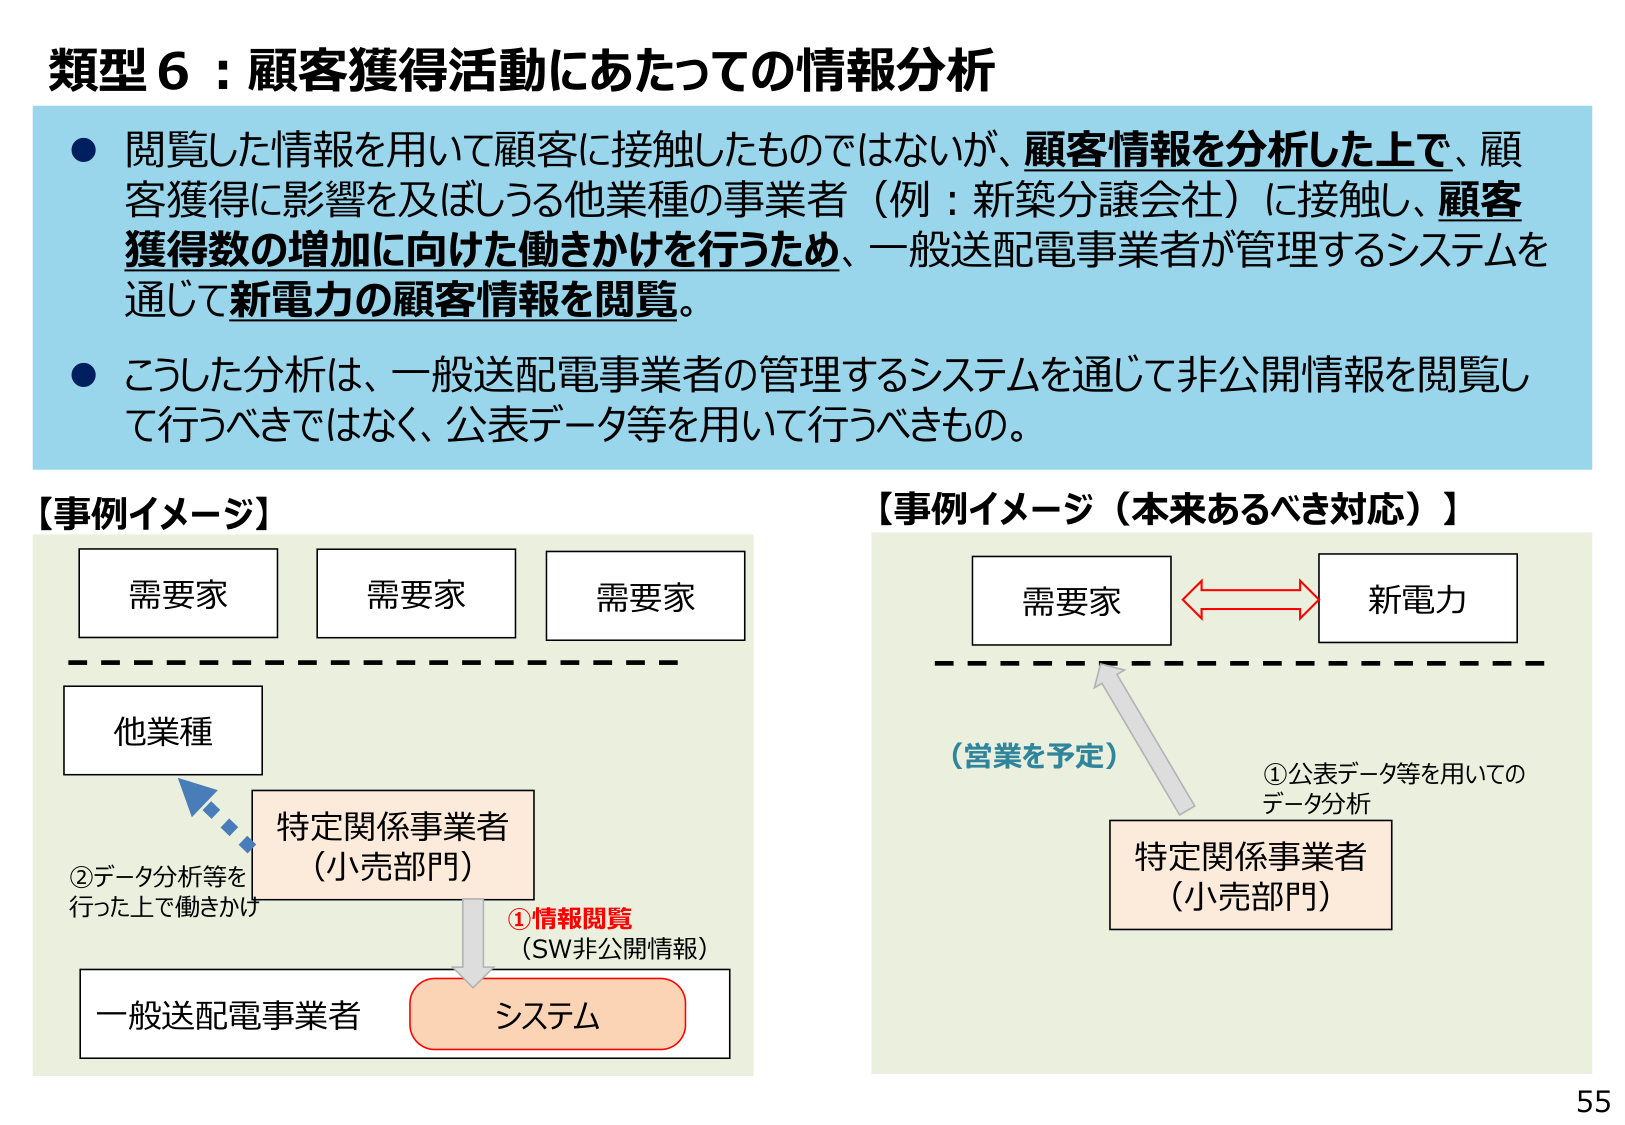
類型６：顧客獲得活動にあたっての情報分析

● 閲覧した情報を用いて顧客に接触したものではないが、顧客情報を分析した上で、顧客獲得に影響を及ぼしうる他業種の事業者（例：新築分譲会社）に接触し、顧客獲得数の増加に向けた働きかけを行うため、一般送配電事業者が管理するシステムを通じて新電力の顧客情報を閲覧。

● こうした分析は、一般送配電事業者の管理するシステムを通じて非公開情報を閲覧して行うべきではなく、公表データ等を用いて行うべきもの。

【事例イメージ】

需要家
需要家
需要家
他業種
特定関係事業者
（小売部門）
②データ分析等を行った上で働きかけ
①情報閲覧
（SW非公開情報）
一般送配電事業者
システム

【事例イメージ（本来あるべき対応）】

需要家
新電力
（営業を予定）
①公表データ等を用いての
データ分析
特定関係事業者
（小売部門）

55